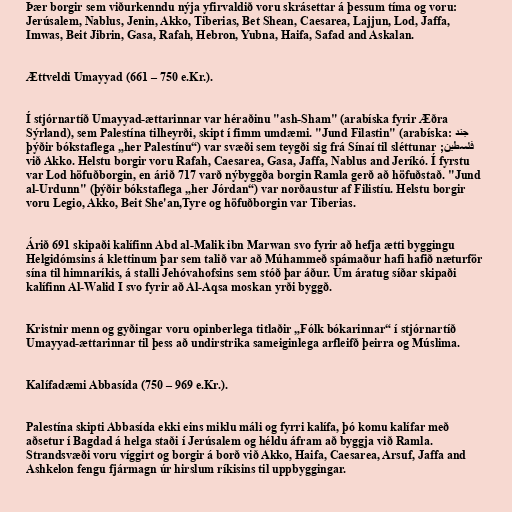
Þær borgir sem viðurkenndu nýja yfirvaldið voru skrásettar á þessum tíma og voru:
Jerúsalem, Nablus, Jenin, Akko, Tiberias, Bet Shean, Caesarea, Lajjun, Lod, Jaffa,
Imwas, Beit Jibrin, Gasa, Rafah, Hebron, Yubna, Haifa, Safad and Askalan.

Ættveldi Umayyad (661 – 750 e.Kr.).

Í stjórnartíð Umayyad-ættarinnar var héraðinu "ash-Sham" (arabíska fyrir Æðra
Sýrland), sem Palestína tilheyrði, skipt í fimm umdæmi. "Jund Filastin" (arabíska: جند
فلسطين; þýðir bókstaflega „her Palestínu“) var svæði sem teygði sig frá Sínaí til sléttunar
við Akko. Helstu borgir voru Rafah, Caesarea, Gasa, Jaffa, Nablus and Jeríkó. Í fyrstu
var Lod höfuðborgin, en árið 717 varð nýbyggða borgin Ramla gerð að höfuðstað. "Jund
al-Urdunn" (þýðir bókstaflega „her Jórdan“) var norðaustur af Filistíu. Helstu borgir
voru Legio, Akko, Beit She'an,Tyre og höfuðborgin var Tiberias.

Árið 691 skipaði kalífinn Abd al-Malik ibn Marwan svo fyrir að hefja ætti byggingu
Helgidómsins á klettinum þar sem talið var að Múhammeð spámaður hafi hafið næturför
sína til himnaríkis, á stalli Jehóvahofsins sem stóð þar áður. Um áratug síðar skipaði
kalífinn Al-Walid I svo fyrir að Al-Aqsa moskan yrði byggð.

Kristnir menn og gyðingar voru opinberlega titlaðir „Fólk bókarinnar“ í stjórnartíð
Umayyad-ættarinnar til þess að undirstrika sameiginlega arfleifð þeirra og Múslima.

Kalífadæmi Abbasída (750 – 969 e.Kr.).

Palestína skipti Abbasída ekki eins miklu máli og fyrri kalífa, þó komu kalífar með
aðsetur í Bagdad á helga staði í Jerúsalem og héldu áfram að byggja við Ramla.
Strandsvæði voru víggirt og borgir á borð við Akko, Haifa, Caesarea, Arsuf, Jaffa and
Ashkelon fengu fjármagn úr hirslum ríkisins til uppbyggingar.